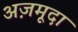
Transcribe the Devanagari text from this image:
अज़मूदा